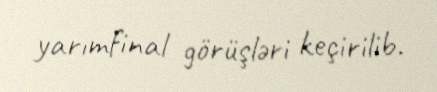
yarımfinal görüşləri keçirilib.